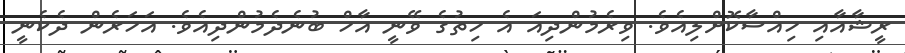
ރީޝާއާއި ހިއްސާކޮށްލިއެވެ. ވިރެމުންދިއަަ އެ ހިތުގެ ވޭނީ އާހް ބުނެދެމުންދިއެވެ. އަހަރެން ދެކެނީ